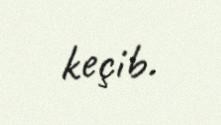
keçib.